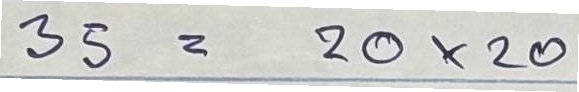
35 = 20x20